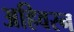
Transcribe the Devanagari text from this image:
अहिवरन